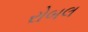
રોબલ